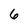
Character: 6